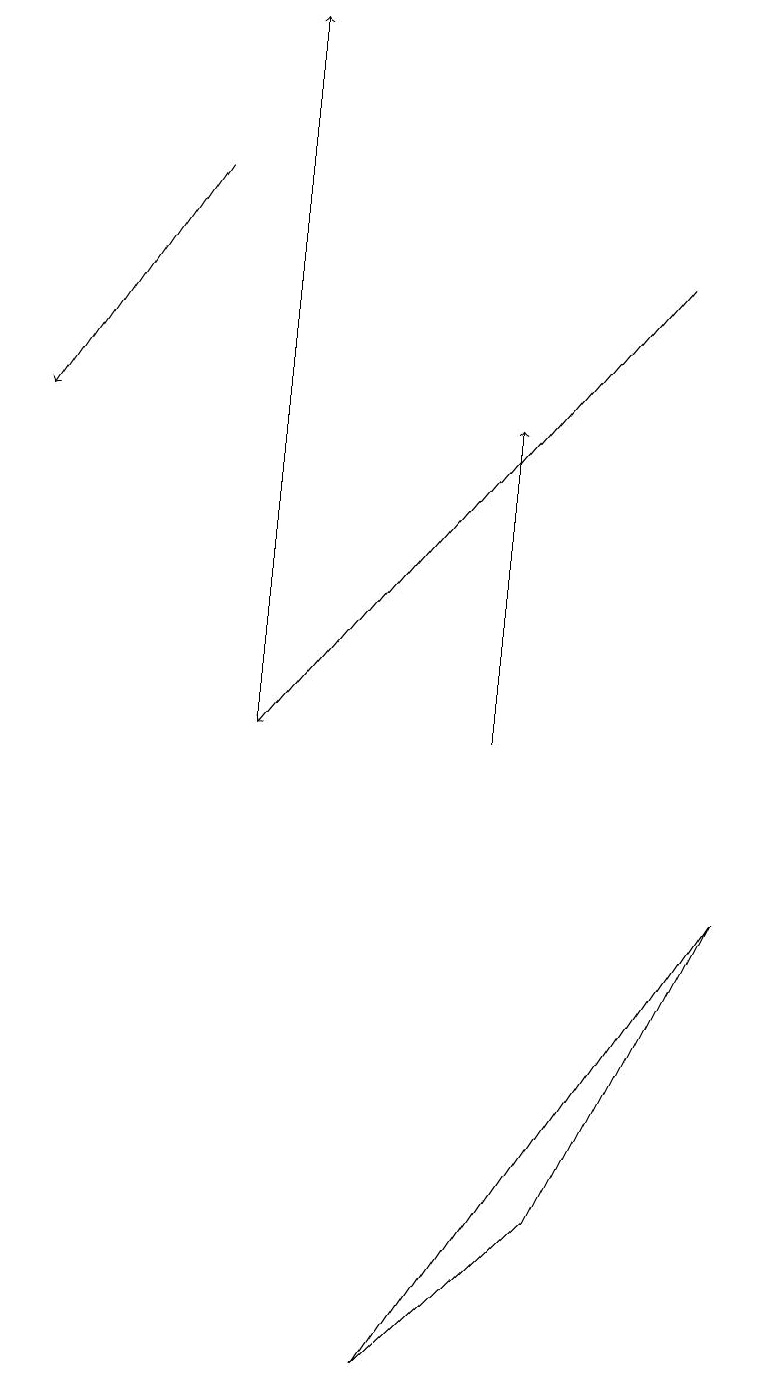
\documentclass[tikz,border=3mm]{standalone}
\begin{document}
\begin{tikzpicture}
\draw[->] (6,10) -- (6,14);
\draw (9,8) -- (7,4) -- (5,2) -- cycle;
\draw[->] (3,10) -- (3,19);
\draw[->] (2,17) -- (0,14);
\draw[->] (8,16) -- (3,10);
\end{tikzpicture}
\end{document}